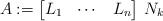
LaTeX: \begin{align*}A:=\begin{bmatrix} L_1 &\cdots& L_n\end{bmatrix}\, N_k\end{align*}